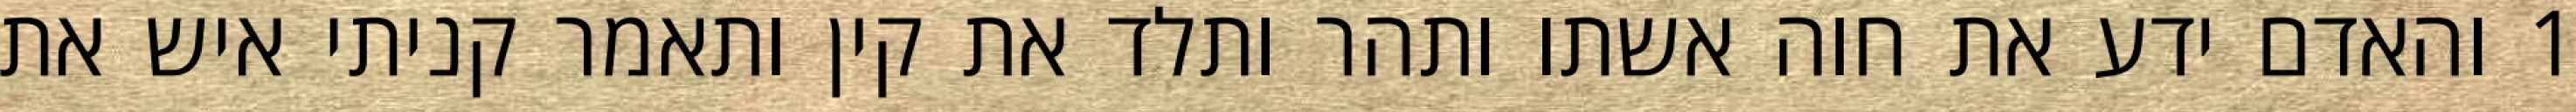
1 והאדם ידע את חוה אשתו ותהר ותלד את קין ותאמר קניתי איש את